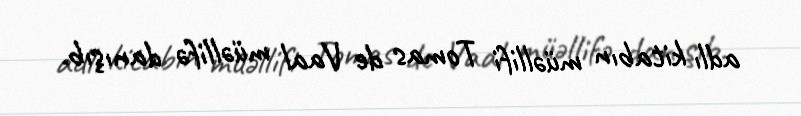
adlı kitabın müəllifi Tomas de Vaal müəllifə danışıb.